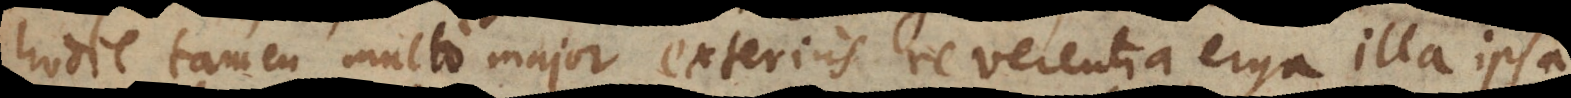
hodie tamen multo major exterius reverentia erga symbola ill